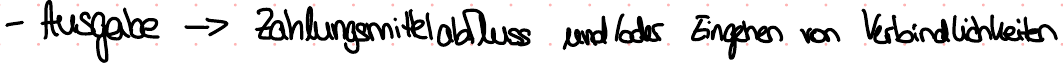
- Ausgabe -> Zahlungsmittelabfluss und / oder Eingehen von Verbindlichkeiten